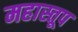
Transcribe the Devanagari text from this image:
महास्तूप